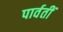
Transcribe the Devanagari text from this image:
पार्वतीं